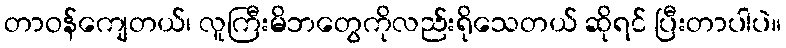
တာဝန်ကျေတယ်၊ လူကြီးမိဘတွေကိုလည်းရိုသေတယ် ဆိုရင် ပြီးတာပါပဲ။